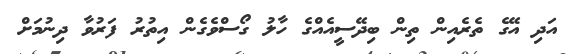
އަދި އޭގެ ތެރެއިން ތިން ބިދޭސީއެއްގެ ހާލު ގޯސްވެގެން އިތުރު ފަރުވާ ދިނުމަށް